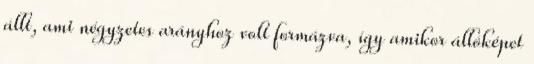
állt, ami négyzetes arányhoz volt formázva, így amikor állóképet